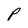
Character: P